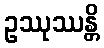
ဥဿုဿန္တိ